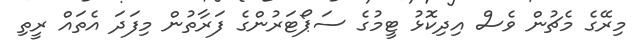
މިރޭގެ މެޗުން ވެސް އިދިކޮޅު ޓީމުގެ ސަޕޯޓަރުންގެ ފަރާތުން މިފަދަ އެތައް ރީތި